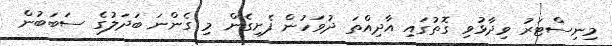
މިނިސްޓަރު ވިދާޅުވި ގޮތުގައި އާދިއްތަ ދުވަހުން ފެށިގެން މި ގެންނަ ބަދަލުގެ ސަބަބުން